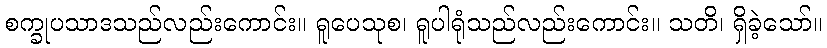
စက္ခုပသာဒသည်လည်းကောင်း။ ရူပေသုစ၊ ရူပါရုံသည်လည်းကောင်း။ သတိ၊ ရှိခဲ့သော်။